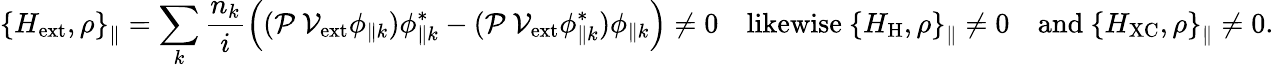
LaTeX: \left\{ H_{\mathrm{ext}},\rho\right\} _{\parallel}=\sum_{k}{\frac{n_{k}}{i}\left((\mathcal{P}\ \mathcal{V}_{\mathrm{ext}}\phi_{\parallel k})\phi_{\parallel k}^{*}-(\mathcal{P}\ \mathcal{V}_{\mathrm{ext}}\phi_{\parallel k}^{*})\phi_{\parallel k}\right)}\neq 0\quad\mathrm{likewise}\ \left\{ H_{\mathrm{H}},\rho\right\} _{\parallel}\neq 0\quad\mathrm{and}\ \left\{ H_{\mathrm{XC}},\rho\right\} _{\parallel}\neq 0.